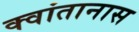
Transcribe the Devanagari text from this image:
क्वांतानास